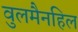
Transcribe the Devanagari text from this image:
वुलमैनहिल